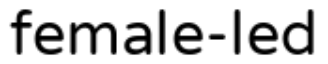
female-led